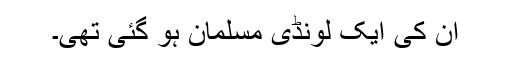
ان کی ایک لونڈی مسلمان ہو گئی تھی۔